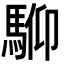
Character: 𩣍